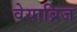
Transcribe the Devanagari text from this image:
वेयाब्रिज